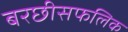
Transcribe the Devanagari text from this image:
बरछीसफलिक